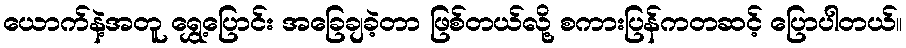
ယောက်နဲ့အတူ ရွှေ့ပြောင်း အခြေချခဲ့တာ ဖြစ်တယ်လို့ စကားပြန်ကတဆင့် ပြောပါတယ်။